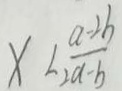
x < \frac { a - 2 b } { 2 a - b }